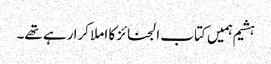
ہشیم ہمیں کتاب الجنائز کا املا کرا رہے تھے۔